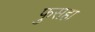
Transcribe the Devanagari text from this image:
फुसहा